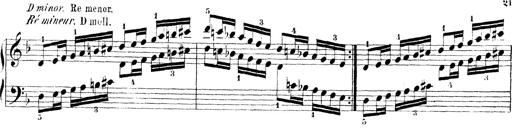
Title: Technische Studien
Composer: Franz Liszt